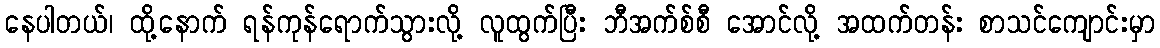
နေပါတယ်၊ ထို့နောက် ရန်ကုန်ရောက်သွားလို့ လူထွက်ပြီး ဘီအက်စ်စီ အောင်လို့ အထက်တန်း စာသင်ကျောင်းမှာ